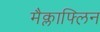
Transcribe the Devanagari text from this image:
मैक्लाफ्लिन